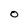
Character: O